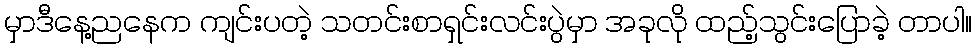
မှာဒီနေ့ညနေက ကျင်းပတဲ့ သတင်းစာရှင်းလင်းပွဲမှာ အခုလို ထည့်သွင်းပြောခဲ့ တာပါ။